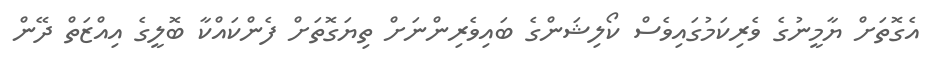
އެގޮތަށް ޔާމީނުގެ ވެރިކަމުގައިވެސް ކޯލިޝަންގެ ބައިވެރިންނަށް ތިޔަގޮތަށް ފެންކައްކާ ބޮލީގެ އިއްޒަތް ދޭން